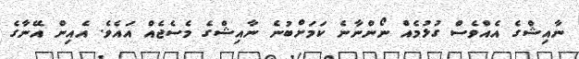
ނާއިޝްގެ އެއްވެސް ގުޅުމެއް ނޯންނާނެ ކަމަށްބުނެ ނާއިޝްގެ މެސެޖެއް އައެވެ. އެއިން އޭނާގެ